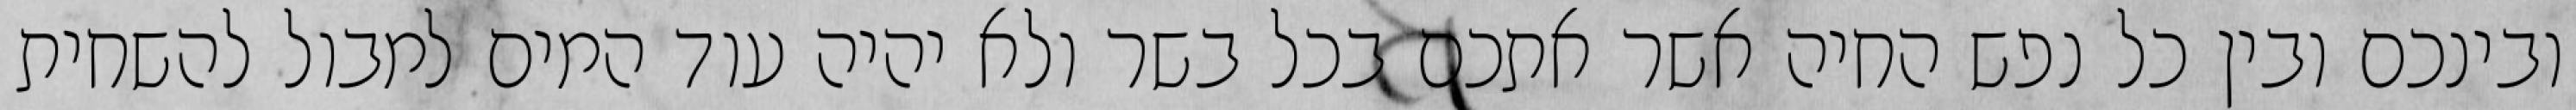
ובינכם ובין כל נפש החיה אשר אתכם בכל בשר ולא יהיה עוד המים למבול להשחית